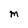
Character: m